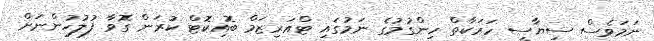
ނަމަވެސް ސިޔާސީ ހަރަކާތް ހިންގުމުގެ ނަމުގައި ޓްއަރިޒަމް ބޮއިކޮޓް ކުރަން ގޮވާ ފުލުހުންނަށް